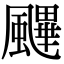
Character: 䬛